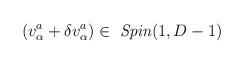
LaTeX: \begin{align*}(v^{{a}}_{\alpha } + \delta v^{{ a}}_{\alpha })\in \hbox{ {\it Spin}}(1,D-1)\end{align*}